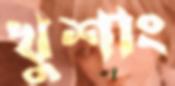
খুশাং